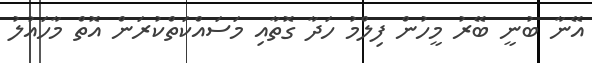
އޭނާ ބުނީ ބޭރު މީހުން ފިލްމު ހަދާ ގޮތާއި މަސައްކަތްކުރަން އޮތް މާހައުލު